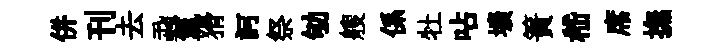
併刊去蝨氳猾訶祭劬艘係牡呫壙簀嵇席撫